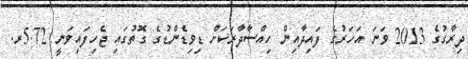
ދިރާގުގެ 2013 ވަނަ އަހަރުގެ ފައިދާއިން ހިއްސާދާރަކަށް ޑިވިޑެންޑުގެ ގޮތުގައި ޖެހިފައިވަނީ 5.72ރ.